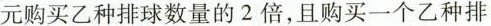
元购买乙种排球数量的2倍，且购买一个乙种排